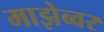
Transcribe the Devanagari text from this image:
माझेब्वर